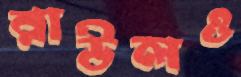
রাউলও